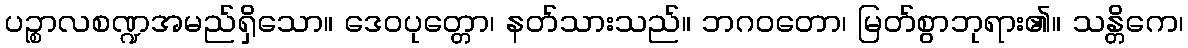
ပဉ္စာလစဏ္ဍအမည်ရှိသော။ ဒေဝပုတ္တော၊ နတ်သားသည်။ ဘဂဝတော၊ မြတ်စွာဘုရား၏။ သန္တိကေ၊